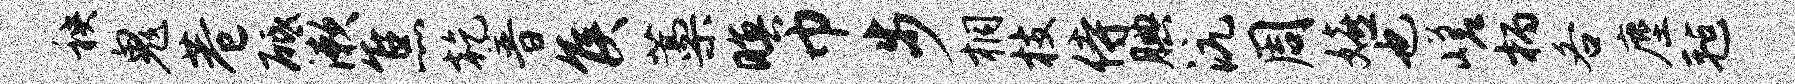
秧鬼巷砥漱焦乾普侯藁暝巾步桐枝侍腆沆周嬉也嵯柄各麈毡